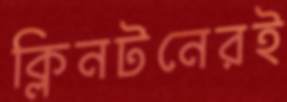
ক্লিনটনেরই